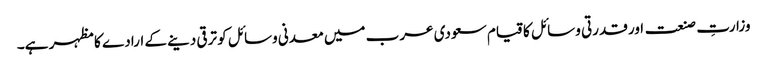
وزارتِ صنعت اور قدرتی وسائل کا قیام سعودی عرب میں معدنی وسائل کو ترقی دینے کے ارادے کا مظہر ہے۔